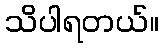
သိပါရတယ်။